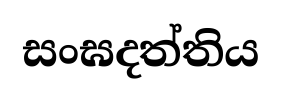
සංඝදත්තිය